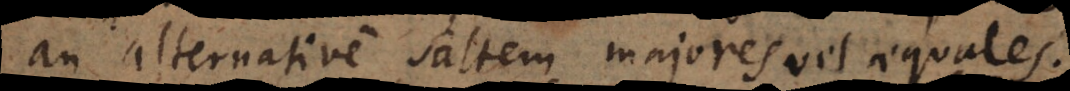
an alternative saltem majores vel aequales.